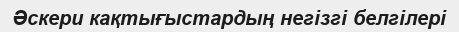
Әскери кақтығыстардың негізгі белгілері